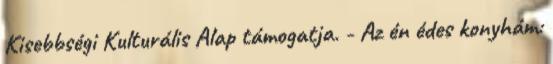
Kisebbségi Kulturális Alap támogatja. - Az én édes konyhám: